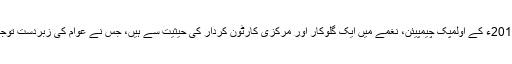
ایسن چین، ریو 2016ء کے اولمپک چیمپیئن، نغمے میں ایک گلوکار اور مرکزی کارٹون کردار کی حیثیت سے ہیں، جس نے عوام کی زبردست توجہ حاصل کی ہے۔